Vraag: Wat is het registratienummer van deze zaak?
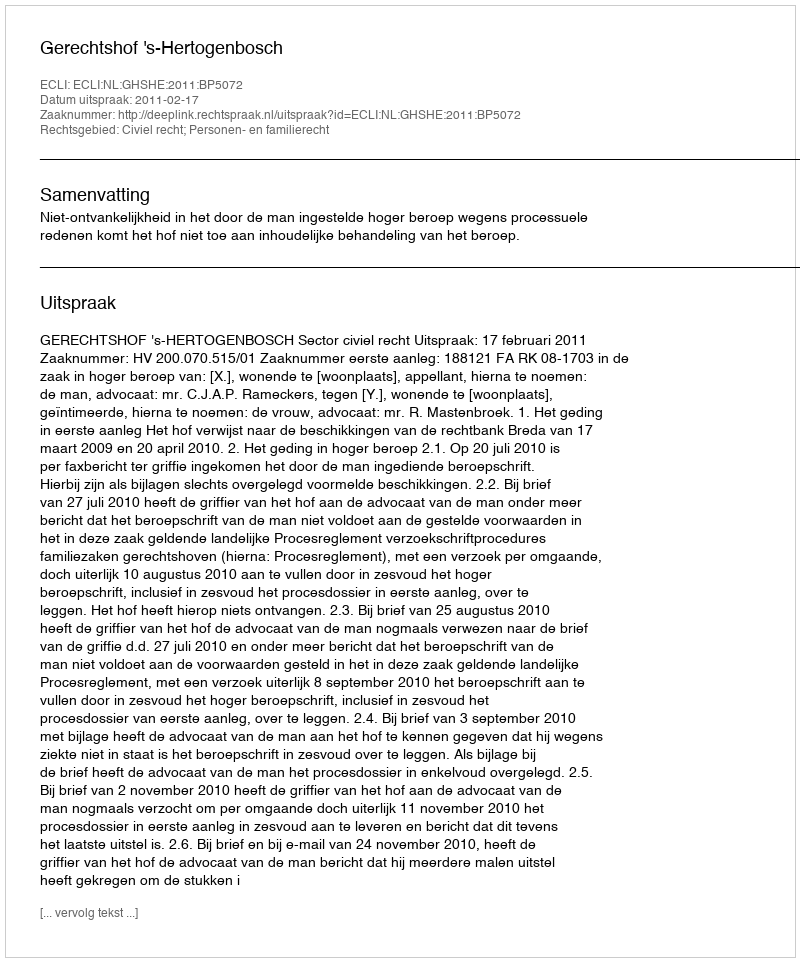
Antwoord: http://deeplink.rechtspraak.nl/uitspraak?id=ECLI:NL:GHSHE:2011:BP5072